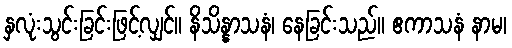
နှလုံးသွင်းခြင်းဖြင့်လျှင်။ နိသိန္နာသနံ၊ နေခြင်းသည်။ ဧကာသနံ နာမ၊